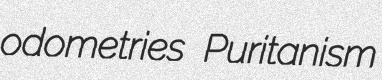
odometries Puritanism